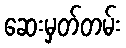
ဆေးမှတ်တမ်း